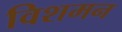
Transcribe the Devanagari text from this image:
विशमन